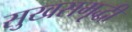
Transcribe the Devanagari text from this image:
सुखसमृद्धी